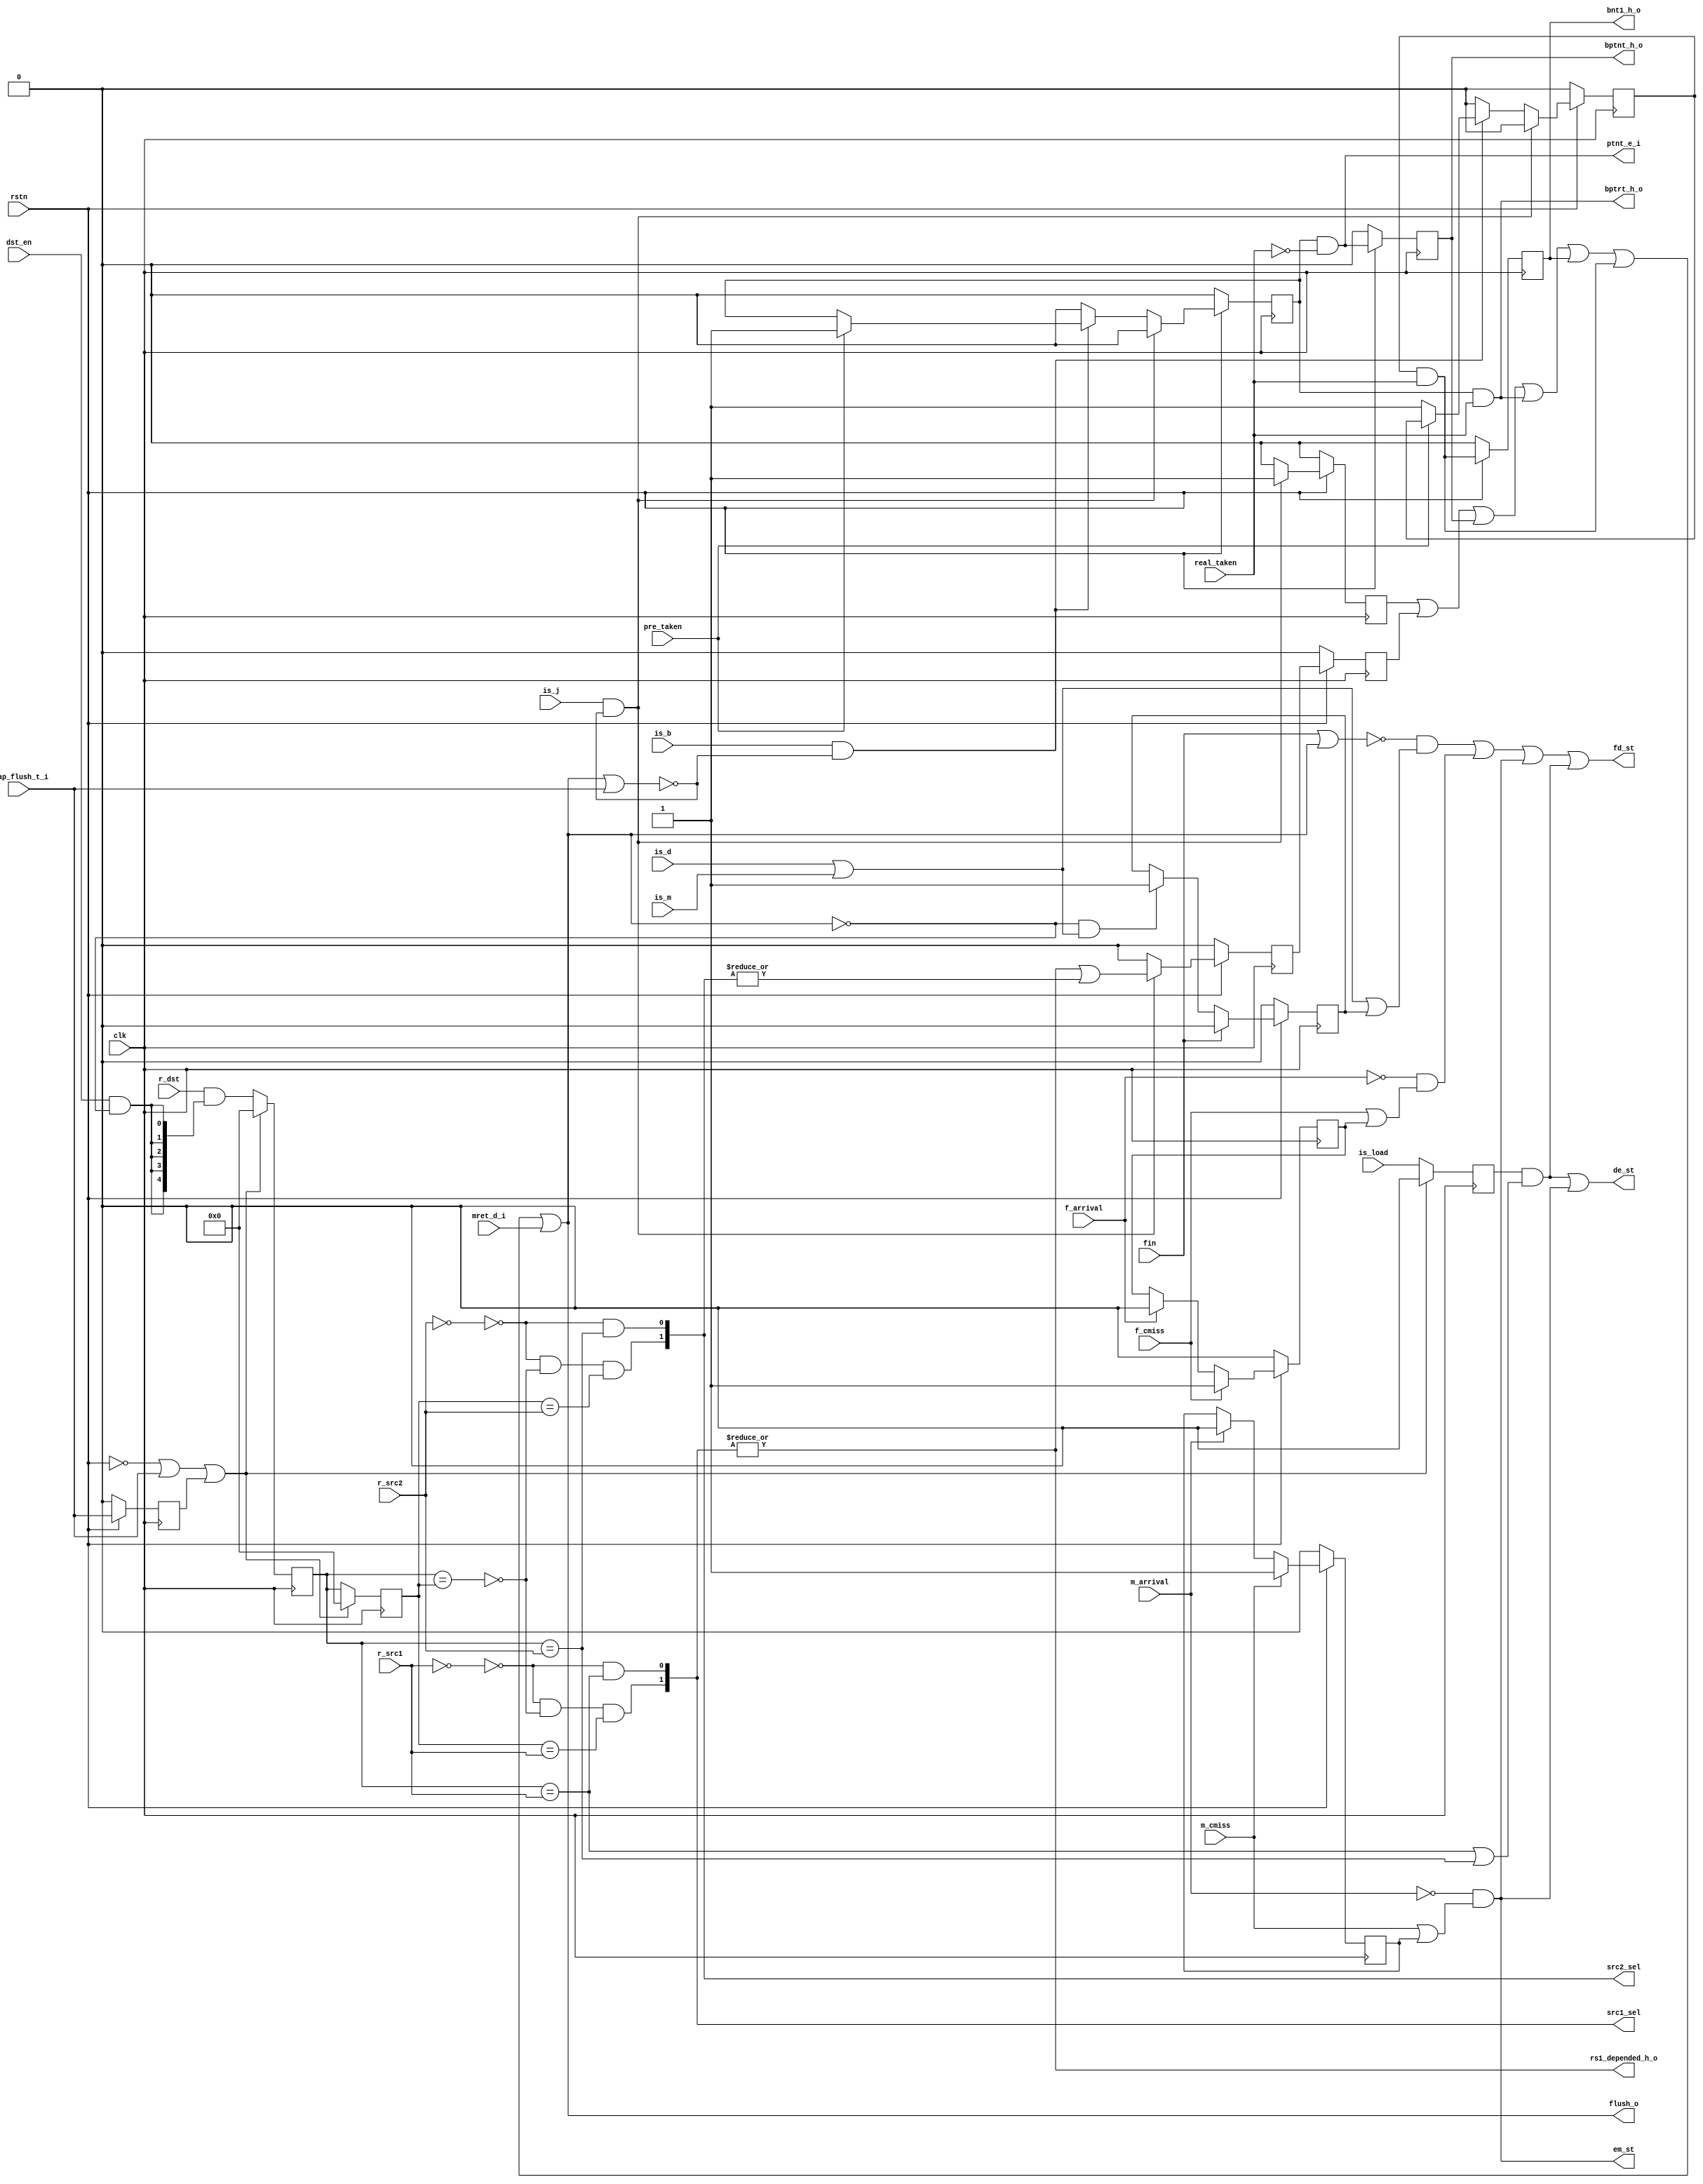
`ifndef __HAZARD__
`define __HAZARD__
module hazard(
is_b,is_j,is_load,is_m,is_d,dst_en,
fin,
pre_taken,real_taken,trap_flush_t_i,
r_dst,r_src1,r_src2,
src1_sel,src2_sel,
f_cmiss,m_cmiss,
f_arrival,m_arrival,
fd_st,de_st,em_st,
flush_o,mret_d_i,
rs1_depended_h_o,ptnt_e_i,
bnt1_h_o,bptrt_h_o,bptnt_h_o,
rstn,clk);

input is_b,is_j,is_load,dst_en,is_m,is_d;
input fin,trap_flush_t_i;
input pre_taken,real_taken;
input [4:0] r_dst,r_src1,r_src2;
input f_cmiss,m_cmiss;
input f_arrival,m_arrival;
input rstn,clk;
input mret_d_i;


output[1:0] src1_sel,src2_sel;
output fd_st,de_st,em_st;
output flush_o;
output rs1_depended_h_o;
output ptnt_e_i;
output bnt1_h_o;
output bptrt_h_o,bptnt_h_o;

reg[4:0] dst_1,dst_2;
reg ld_dst1;
wire Icmiss_st,Dcmiss_st,Linst_st,Ldhaz_st;
reg Icmiss_st_keep,Dcmiss_st_keep,Linst_st_keep;


reg jd1,jd_b1,jd_b2;//when jump instruction is decode, the state machine of flush control.
reg bpt,bptnt;
reg bnt,bnt1;

wire flush;
reg trap_flush_delay;

always@( posedge clk)
begin
  if(~rstn)
  begin
    trap_flush_delay<=1'b0;
  end
  else
  begin
    trap_flush_delay<=trap_flush_t_i;
  end
end

always@(posedge clk)//bypass
begin

  if(~rstn|trap_flush_t_i|trap_flush_delay)
  begin 
    dst_1<=5'b0;
    dst_2<=5'b0;
    ld_dst1<=1'b0;
  end
  else
  begin
    dst_1<=r_dst&{5{dst_en&~(flush)}};
    dst_2<=dst_1;
    ld_dst1<=is_load;
  end  

end

assign src1_sel[0]=(~(r_src1==0))&(dst_1==r_src1);
assign src1_sel[1]=(~(r_src1==0))&(~(dst_1==dst_2))&(dst_2==r_src1);
assign src2_sel[0]=(~(r_src2==0))&(dst_1==r_src2);
assign src2_sel[1]=(~(r_src2==0))&(~(dst_1==dst_2))&(dst_2==r_src2);

//stall

assign Ldhaz_st= ld_dst1&((dst_1==r_src1)|(dst_1==r_src2));
assign Icmiss_st=~f_arrival&(f_cmiss|Icmiss_st_keep);
assign Dcmiss_st=~m_arrival&(m_cmiss|Dcmiss_st_keep);
assign Linst_st=~(fin|flush)&(is_d|is_m|Linst_st_keep);

always@(posedge clk)
begin
  if(~rstn)
  begin
    Icmiss_st_keep<=1'b0;
    Dcmiss_st_keep<=1'b0;
    Linst_st_keep<=1'b0;

  end
  else
  begin
  
  
    if(fin)
    begin
      Linst_st_keep<=1'b0;
    end
    else if((~flush)&(is_d|is_m))
    begin
      Linst_st_keep<=1'b1;
    end
    
    
    if(f_cmiss)
    begin
      Icmiss_st_keep<=1'b1;
    end
    else if(f_arrival)
    begin
      Icmiss_st_keep<=1'b0;
    end
    
    
    if(m_cmiss)
    begin
      Dcmiss_st_keep<=1'b1;
    end
    else if(m_arrival)
    begin
      Dcmiss_st_keep<=1'b0;
    end
  end 
end



assign fd_st=Linst_st|Icmiss_st|Dcmiss_st|Ldhaz_st;
assign de_st=Ldhaz_st|Dcmiss_st;
assign em_st=Dcmiss_st;



//flush
always@(posedge clk)
begin
  if(~rstn)
  begin
    jd1<=1'b0;
    jd_b1<=1'b0;
    jd_b2<=1'b0;
    bpt<=1'b0;
    bptnt<=1'b0;
    bnt<=1'b0;
    bnt1<=1'b0;
  end
  else
  begin
    if(is_j&(~(flush|trap_flush_t_i)))// if jump-1 is also a jump, ingore latter one
    begin
      jd1<=1'b1;
      jd_b1<=(|src1_sel[1:0])|(|src2_sel[1:0]);
      bpt<=1'b0;
      bnt<=1'b0;
    end
    else if(is_b&(~(flush|trap_flush_t_i)))
    begin
      if(pre_taken)
      begin
        bpt<=1'b1;
      end
      else
      begin
        bnt<=1'b1;
      end
      jd1<=1'b0;
      jd_b1<=1'b0;
    end
    else
    begin
      jd1<=1'b0;
      bpt<=1'b0;
      bnt<=1'b0;
      jd_b1<=1'b0;
    end
  
    jd_b2<=jd_b1;
       
    bptnt<=bpt&~real_taken;
    

    bnt1<=bnt&real_taken;

    end
  
  
end



assign flush=jd1|jd_b2|bptnt|(bpt&real_taken)|bnt1|(bnt&real_taken)|mret_d_i;
assign flush_o=flush;
assign rs1_depended_h_o=|src1_sel;
assign ptnt_e_i=bpt&~real_taken;
assign bnt1_h_o=bnt1;
assign bptrt_h_o=(bpt&real_taken);
assign bptnt_h_o=bptnt;
endmodule
`endif